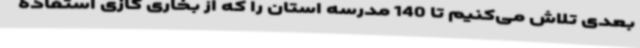
بعدی تلاش می‌کنیم تا 140 مدرسه استان را که از بخاری گازی استفاده